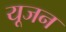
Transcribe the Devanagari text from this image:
यूजन